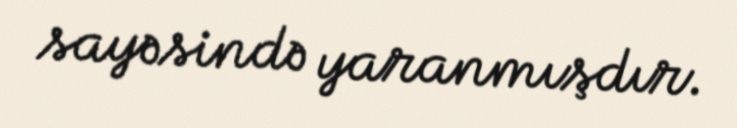
sayəsində yaranmışdır.